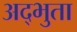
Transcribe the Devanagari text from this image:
अद्भुता